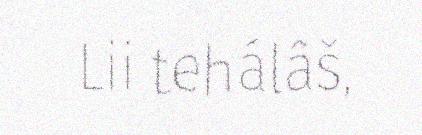
Lii tehálâš,